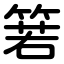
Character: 箬